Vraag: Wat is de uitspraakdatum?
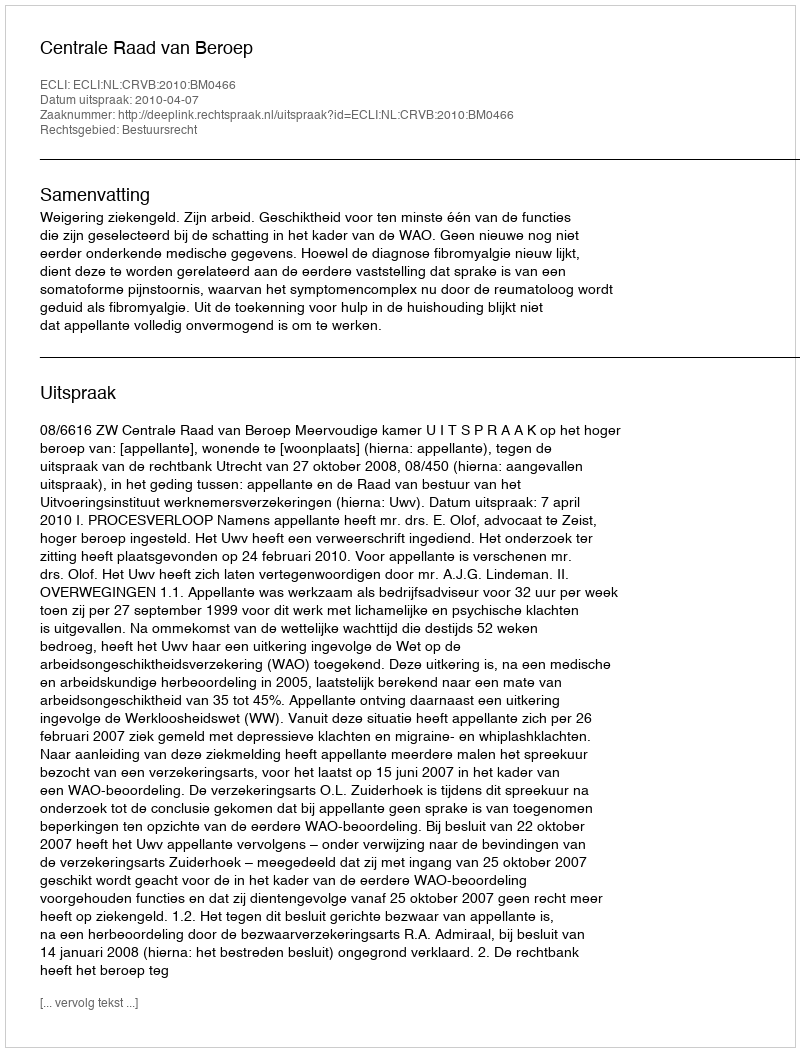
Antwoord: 2010-04-07